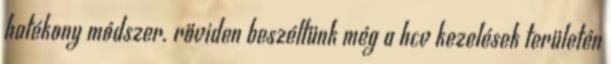
hatékony módszer. röviden beszéltünk még a hcv kezelések területén